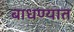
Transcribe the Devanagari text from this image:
बाधण्यात